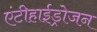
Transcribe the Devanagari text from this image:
एंटीहाईड्रोजन